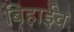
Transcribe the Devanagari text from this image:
बिहाईव